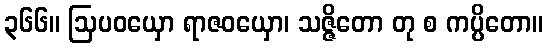
၃၆၆။ ဩပဝယှော ရာဇဝယှော၊ သဇ္ဇိတော တု စ ကပ္ပိတော။